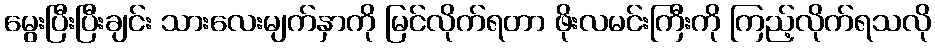
မွေးပြီးပြီးချင်း သားလေးမျက်နှာကို မြင်လိုက်ရတာ ဖိုးလမင်းကြီးကို ကြည့်လိုက်ရသလို